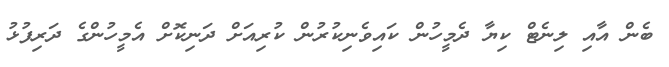
ބެން އާއި ލިނެޓް ކިޔާ ދެމީހުން ކައިވެނިކުރުން ކުރިއަށް ދަނިކޮށް އެމީހުންގެ ދަރިފުޅު